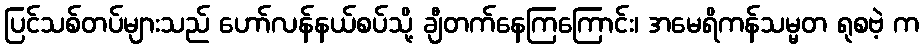
ပြင်သစ်တပ်များသည် ဟော်လန်နယ်စပ်သို့ ချီတက်နေကြကြောင်း၊ အမေရိကန်သမ္မတ ရုစဗဲ့ က